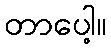
တာပေါ့။